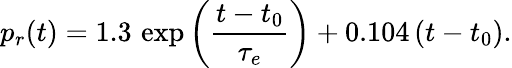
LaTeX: p_{r}(t)=1.3\, \exp\left(\frac{t-t_{0}}{\tau_{e}}\right)+0.104\, (t-t_{0}).